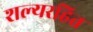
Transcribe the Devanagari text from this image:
शल्यरहित